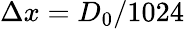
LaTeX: \Delta x=D_{0}/1024